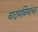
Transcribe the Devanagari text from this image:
बादामबियांचा